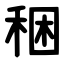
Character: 稇